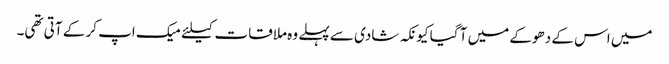
میں اس کے دھوکے میں آ گیا کیونکہ شادی سے پہلے وہ ملاقات کیلئے میک اپ کر کے آتی تھی۔